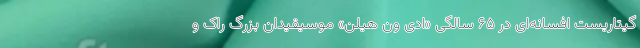
گیتاریست افسانه‌ای در ۶۵ سالگی «ادی ون هیلن» موسیقیدان بزرگ راک و